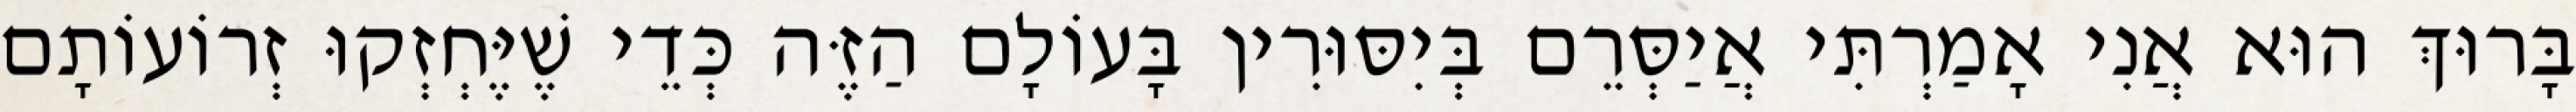
בָּרוּךְ הוּא אֲנִי אָמַרְתִּי אֲיַסְּרֵם בְּיִסּוּרִין בָּעוֹלָם הַזֶּה כְּדֵי שֶׁיֶּחְזְקוּ זְרוֹעוֹתָם